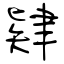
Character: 肄